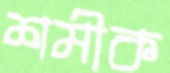
শমীক